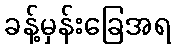
ခန့်မှန်းခြေအရ